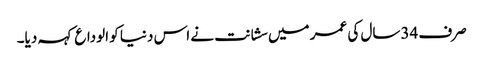
صرف 34سال کی عمر میں سشانت نے اس دنیا کو الوداع کہہ دیا۔